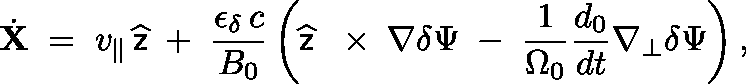
\dot { \bf X } \; = \; v _ { \| } \, \widehat { \sf z } \; + \; \frac { \epsilon _ { \delta } \, c } { B _ { 0 } } \left( \widehat { \sf z } \, \mathrm { ~ \boldmath ~ \times ~ } \, \nabla \delta \Psi \; - \; \frac { 1 } { \Omega _ { 0 } } \frac { d _ { 0 } } { d t } \nabla _ { \bot } \delta \Psi \right) ,